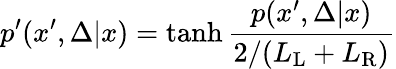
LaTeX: p^{\prime}(x^{\prime},\Delta|x)=\operatorname{tanh}\frac{p(x^{\prime},\Delta|x)}{2/{(L_{\mathrm{L}}+L_{\mathrm{R}})}}